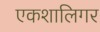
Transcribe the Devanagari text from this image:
एकशालिगर